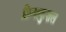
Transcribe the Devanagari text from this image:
क्रियाकुशल